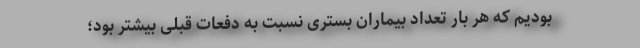
بودیم که هر بار تعداد بیماران بستری نسبت به دفعات قبلی بیشتر بود؛